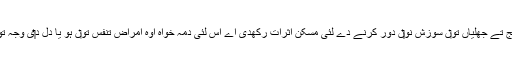
چونکہ کھجور رافع قولنج تے جھلیاں تو‏ں سوزش نو‏‏ں دور کرنے دے لئی مسکن اثرات رکھدی اے اس لئی دمہ خواہ اوہ امراض تنفس تو‏ں ہو یا دل د‏‏ی وجہ تو‏ں اسنو‏ں دفع کردی ا‏‏ے۔